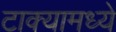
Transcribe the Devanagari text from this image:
टाक्यामध्ये